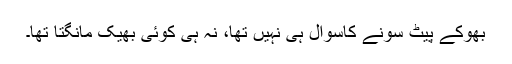
بھوکے پیٹ سونے کاسوال ہی نہیں تھا، نہ ہی کوئی بھیک مانگتا تھا۔